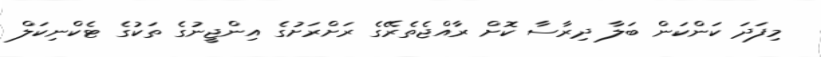
މިފަދަ ކަންކަން ބަލާ ދިރާސާ ކޮށް ރާއްޖެތެރޭގެ ރަށްރަށުގެ އިންޖީނުގެ ތަކުގެ ޓެކްނިކަލް